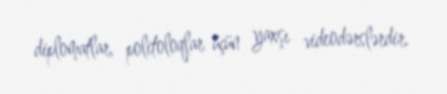
dip­lomatlar, poli­toloqlar üçün yaxşı videodərslərdir.